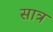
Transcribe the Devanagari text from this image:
सात्र